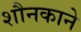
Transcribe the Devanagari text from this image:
शौनकाने